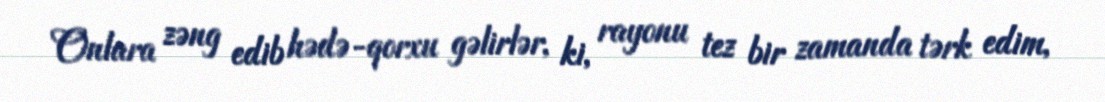
Onlara zəng edib hədə-qorxu gəlirlər, ki, rayonu tez bir zamanda tərk edim,